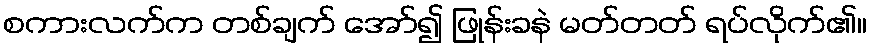
စကားလက်က တစ်ချက် အော်၍ ဖြုန်းခနဲ မတ်တတ် ရပ်လိုက်၏။